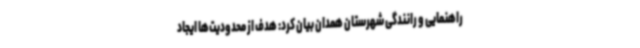
راهنمایی و رانندگی شهرستان همدان بیان کرد: هدف از محدودیت‌ها ایجاد